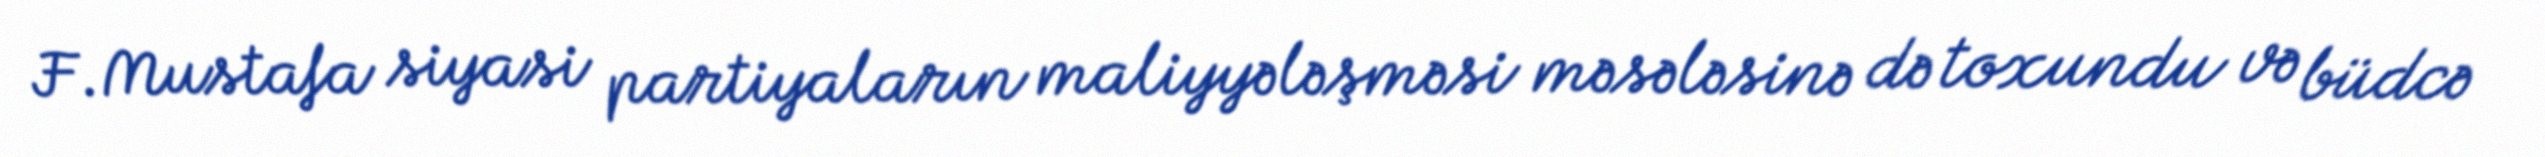
F.Mustafa siyasi partiyaların maliyyələşməsi məsələsinə də toxundu və büdcə